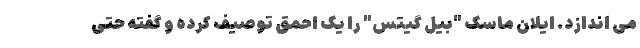
می اندازد. ایلان ماسک "بیل گیتس" را یک احمق توصیف کرده و گفته حتی